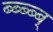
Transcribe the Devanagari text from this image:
ब्ब्ब्ब्ब्